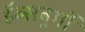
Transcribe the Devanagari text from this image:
हॅब्सबुर्गो